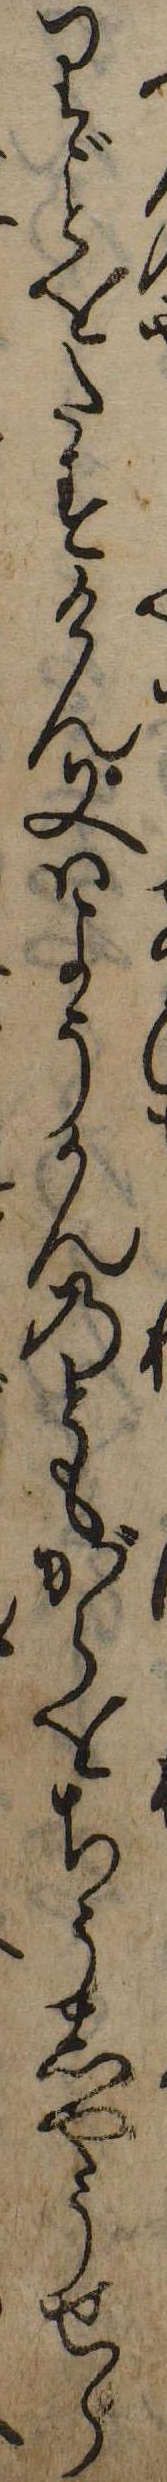
りをたすけん又はようかんのともがらをちうしやうせら